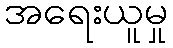
အရေးယူမှု